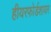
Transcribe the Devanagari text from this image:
हीयरफोर्डशायर